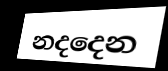
නදදෙන